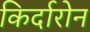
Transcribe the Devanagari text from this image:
किर्दारोन